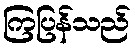
ကြပြန်သည်